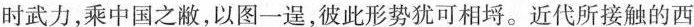
时武力，乘中国之敝，以图一是，彼此形势犹可相埒。近代所接触的西